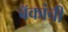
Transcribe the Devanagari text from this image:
बॅकांची